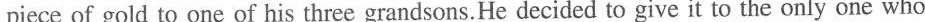
piece of gold to one of his three grandsons. He decided to give it to the only one who